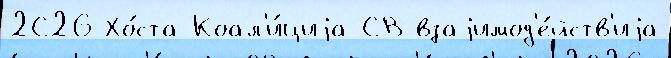
2С26 Хо́ста Коал'и́циjа-СВ взаjимод'е́йств'иjа